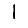
Digit: 1